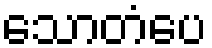
သောတံပေ